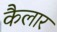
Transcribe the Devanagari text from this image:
कैलार